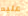
عليه